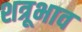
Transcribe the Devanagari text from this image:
शत्रूभाव